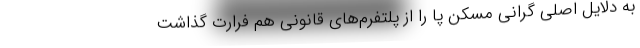
به دلایل اصلی گرانی مسکن پا را از پلتفرم‌های قانونی هم فرارت گذاشت